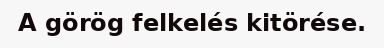
A görög felkelés kitörése.